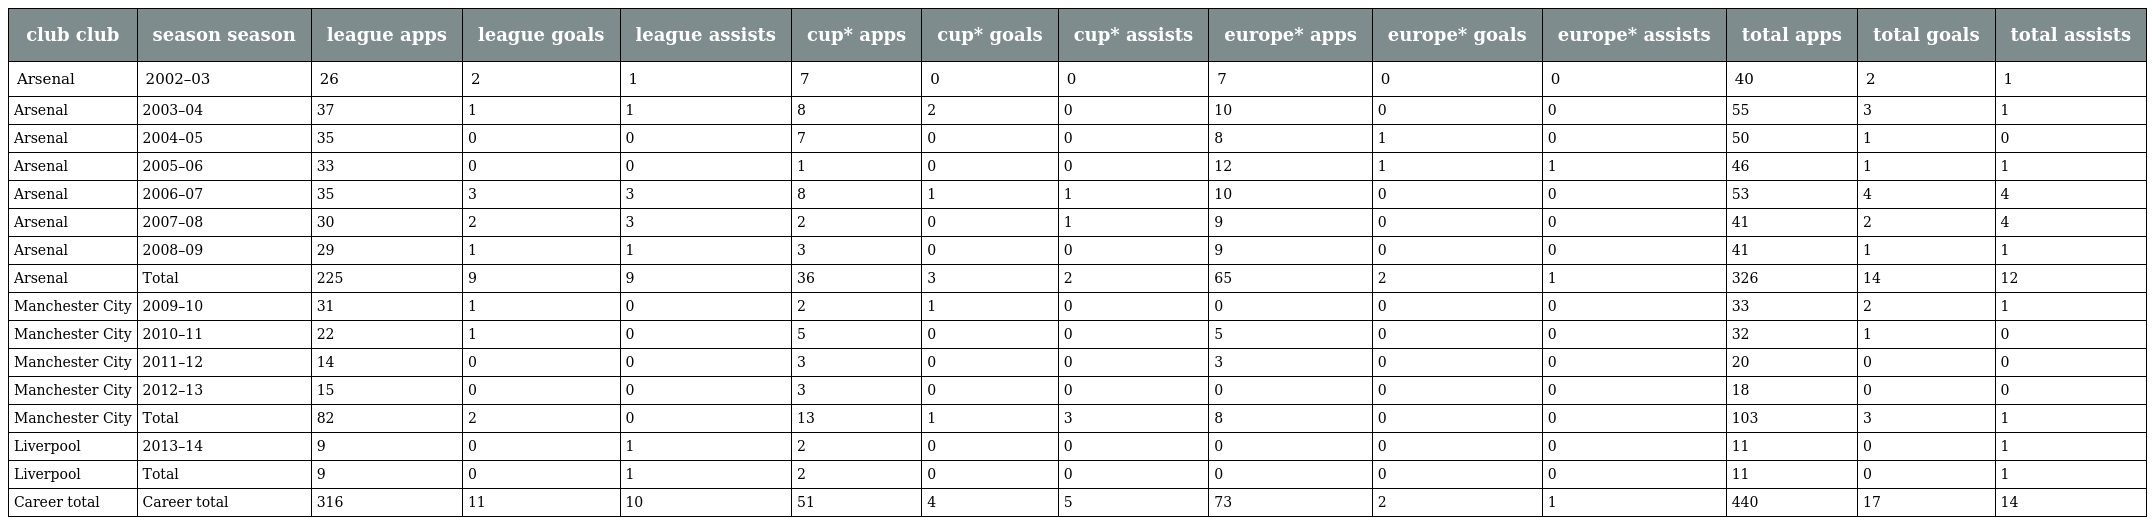
| club club | season season | league apps | league goals | league assists | cup* apps | cup* goals | cup* assists | europe* apps | europe* goals | europe* assists | total apps | total goals | total assists |
 | --- | --- | --- | --- | --- | --- | --- | --- | --- | --- | --- | --- | --- | --- |
 | Arsenal | 2002–03 | 26 | 2 | 1 | 7 | 0 | 0 | 7 | 0 | 0 | 40 | 2 | 1 |
 | Arsenal | 2003–04 | 37 | 1 | 1 | 8 | 2 | 0 | 10 | 0 | 0 | 55 | 3 | 1 |
 | Arsenal | 2004–05 | 35 | 0 | 0 | 7 | 0 | 0 | 8 | 1 | 0 | 50 | 1 | 0 |
 | Arsenal | 2005–06 | 33 | 0 | 0 | 1 | 0 | 0 | 12 | 1 | 1 | 46 | 1 | 1 |
 | Arsenal | 2006–07 | 35 | 3 | 3 | 8 | 1 | 1 | 10 | 0 | 0 | 53 | 4 | 4 |
 | Arsenal | 2007–08 | 30 | 2 | 3 | 2 | 0 | 1 | 9 | 0 | 0 | 41 | 2 | 4 |
 | Arsenal | 2008–09 | 29 | 1 | 1 | 3 | 0 | 0 | 9 | 0 | 0 | 41 | 1 | 1 |
 | Arsenal | Total | 225 | 9 | 9 | 36 | 3 | 2 | 65 | 2 | 1 | 326 | 14 | 12 |
 | Manchester City | 2009–10 | 31 | 1 | 0 | 2 | 1 | 0 | 0 | 0 | 0 | 33 | 2 | 1 |
 | Manchester City | 2010–11 | 22 | 1 | 0 | 5 | 0 | 0 | 5 | 0 | 0 | 32 | 1 | 0 |
 | Manchester City | 2011–12 | 14 | 0 | 0 | 3 | 0 | 0 | 3 | 0 | 0 | 20 | 0 | 0 |
 | Manchester City | 2012–13 | 15 | 0 | 0 | 3 | 0 | 0 | 0 | 0 | 0 | 18 | 0 | 0 |
 | Manchester City | Total | 82 | 2 | 0 | 13 | 1 | 3 | 8 | 0 | 0 | 103 | 3 | 1 |
 | Liverpool | 2013–14 | 9 | 0 | 1 | 2 | 0 | 0 | 0 | 0 | 0 | 11 | 0 | 1 |
 | Liverpool | Total | 9 | 0 | 1 | 2 | 0 | 0 | 0 | 0 | 0 | 11 | 0 | 1 |
 | Career total | Career total | 316 | 11 | 10 | 51 | 4 | 5 | 73 | 2 | 1 | 440 | 17 | 14 |